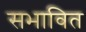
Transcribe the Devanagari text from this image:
सभावित